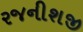
રજનીશજી